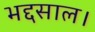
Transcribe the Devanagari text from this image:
भद्दसाल।